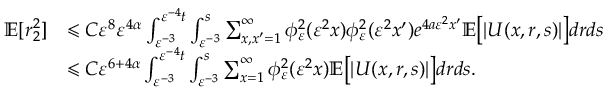
\begin{array} { r l } { \mathbb { E } [ r _ { 2 } ^ { 2 } ] } & { \leqslant C \varepsilon ^ { 8 } \varepsilon ^ { 4 \alpha } \int _ { \varepsilon ^ { - 3 } } ^ { \varepsilon ^ { - 4 } t } \int _ { \varepsilon ^ { - 3 } } ^ { s } \sum _ { x , x ^ { \prime } = 1 } ^ { \infty } \phi _ { \varepsilon } ^ { 2 } ( \varepsilon ^ { 2 } x ) \phi _ { \varepsilon } ^ { 2 } ( \varepsilon ^ { 2 } x ^ { \prime } ) e ^ { 4 a \varepsilon ^ { 2 } x ^ { \prime } } \mathbb { E } \big [ | U ( x , r , s ) | \big ] d r d s } \\ & { \leqslant C \varepsilon ^ { 6 + 4 \alpha } \int _ { \varepsilon ^ { - 3 } } ^ { \varepsilon ^ { - 4 } t } \int _ { \varepsilon ^ { - 3 } } ^ { s } \sum _ { x = 1 } ^ { \infty } \phi _ { \varepsilon } ^ { 2 } ( \varepsilon ^ { 2 } x ) \mathbb { E } \big [ | U ( x , r , s ) | \big ] d r d s . } \end{array}